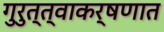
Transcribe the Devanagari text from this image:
गुरुत्त्वाकर्षणात